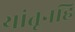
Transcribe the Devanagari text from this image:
यांतूनहि